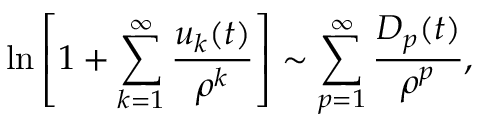
\ln \left[ 1 + \sum _ { k = 1 } ^ { \infty } { \frac { u _ { k } ( t ) } { \rho ^ { k } } } \right] \sim \sum _ { p = 1 } ^ { \infty } { \frac { D _ { p } ( t ) } { \rho ^ { p } } } ,